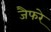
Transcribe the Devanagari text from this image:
जैफरे